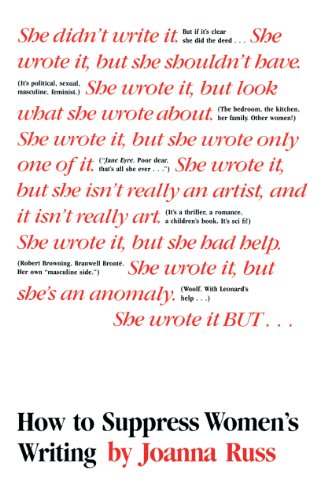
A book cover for How to Suppress Women's Writing; Joanna Russ; Literature & Fiction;